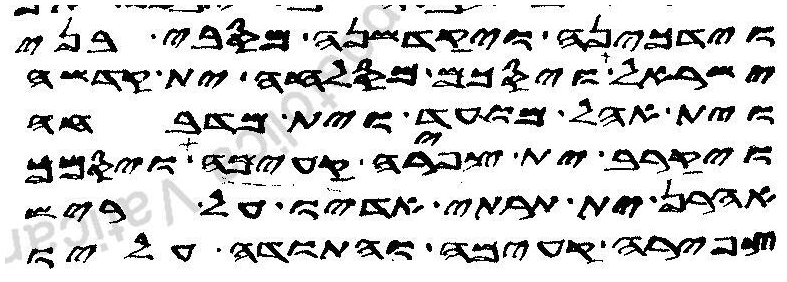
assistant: וידכינה ויקדשנה מסבי בני
ישראל ויסכם מסלחה ית קדשה
וית אהל מועד וית מדבחה
ויקרב ית צפירה קעימה ויסמך
אהרן ית תרתי אדיו על ריש
צפירה קעימה והתודה עליו